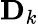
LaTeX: \mathbf{D}_{k}